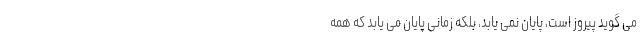
می گوید پیروز است، پایان نمی یابد، بلکه زمانی پایان می یابد که همه